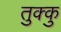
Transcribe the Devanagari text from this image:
तुक्कु